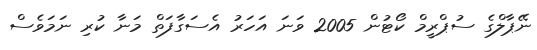
ނޭޕާލްގެ ސުޕްރީމް ކޯޓުން 2005 ވަނަ އަހަރު އެސަގާފަތް މަނާ ކުރި ނަމަވެސް